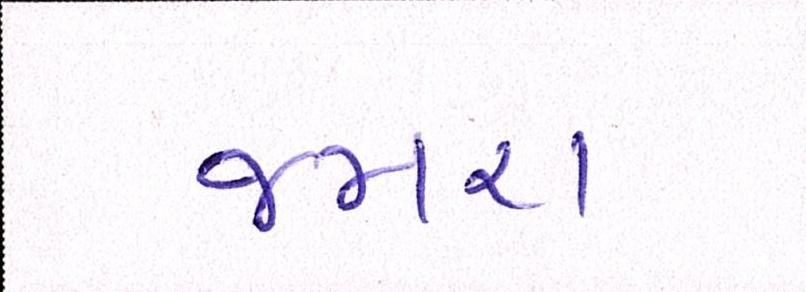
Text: જમરા